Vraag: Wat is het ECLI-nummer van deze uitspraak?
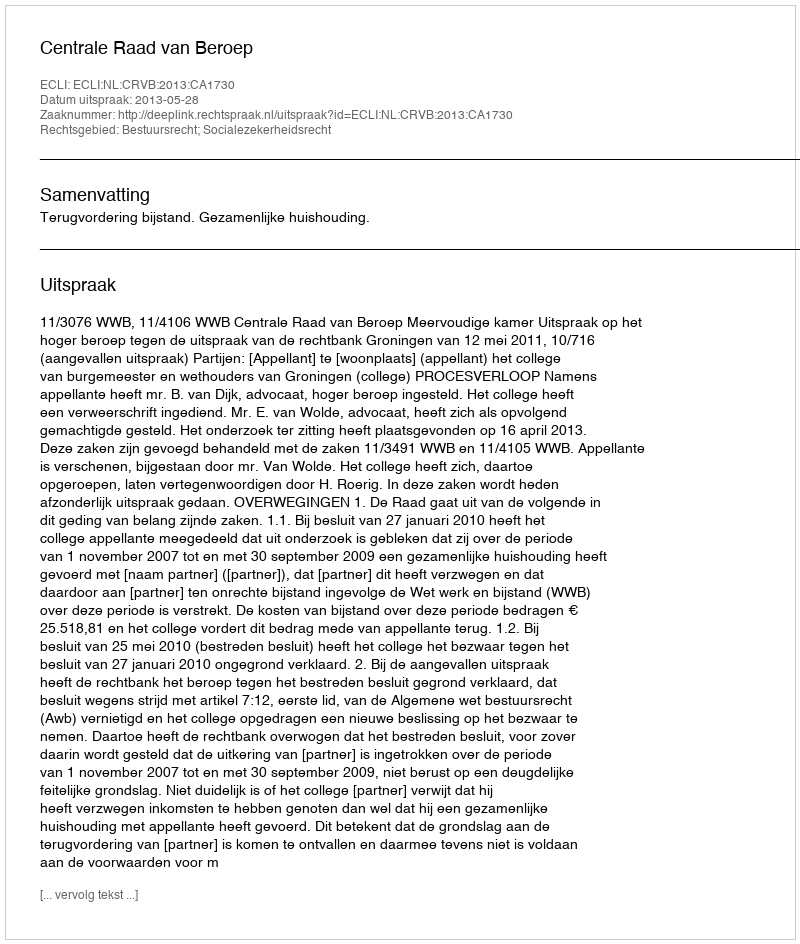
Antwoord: ECLI:NL:CRVB:2013:CA1730